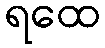
ရထေ